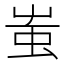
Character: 蚩